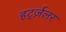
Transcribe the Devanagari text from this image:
हर्ट्ज़लर